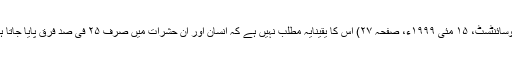
(نیوسائنٹسٹ، ۱۵ مئی ۱۹۹۹ء، صفحہ ۲۷) اس کا یقیناًیہ مطلب نہیں ہے کہ انسان اور ان حشرات میں صرف ۲۵ فی صد فرق پایا جاتا ہے۔